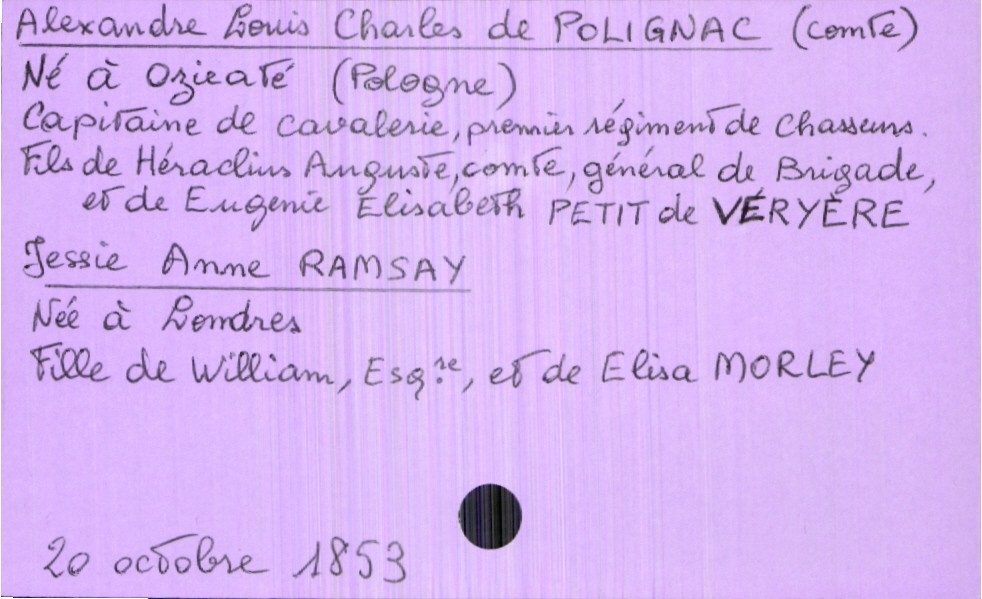
type_acte: Mariage
année: 1853
mois: octobre
jour: 20
marié_nom: de Polignac
marié_prénom: Alexande Louis Charles
marié_profession: capitaine de cavalerie, premier régiment de chasseurs
marié_lieu_de_naissance: Ozieaté (Pologne)
père_marié_nom: de Polignac
père_marié_prénom: Héraclius Auguste
père_marié_profession: général de brigade
mère_marié_nom: Petit de Véryère
mère_marié_prénom: Eugenie Elisabeth
mariée_nom: Ramsay
mariée_prénom: Jessie Anne
mariée_lieu_de_naissance: Londres
père_mariée_nom: Ramsay
père_mariée_prénom: William
père_mariée_profession: esquire
mère_mariée_nom: Morley
mère_mariée_prénom: Elisa